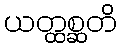
ယတ္ထစ္ဆတိ